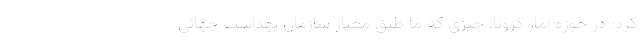
کرد: در حوزه آمار کرونا، چیزی که ما طبق معیار سازمان بهداشت جهانی